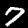
Digit: 7